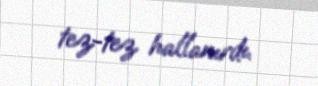
tez-tez hallanırdı.